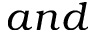
a n d